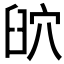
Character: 𦥨